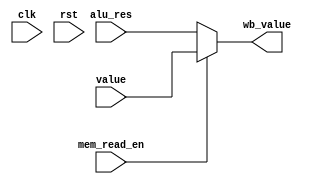
module WriteBack (
    clk,
    rst,
    mem_read_en,
    alu_res,
    value,
    wb_value
);
    input clk, rst, mem_read_en;
    input [31:0] alu_res, value;

    output [31:0] wb_value;

    assign wb_value = (mem_read_en) ? value : alu_res;
endmodule